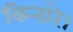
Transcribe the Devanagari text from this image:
किनारे।